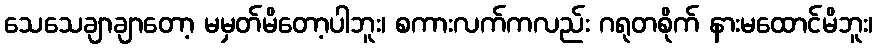
သေသေချာချာတော့ မမှတ်မိတော့ပါဘူး၊ စကားလက်ကလည်း ဂရုတစိုက် နားမထောင်မိဘူး၊